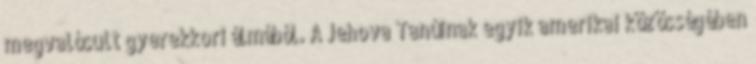
megvalósult gyerekkori álmából. A Jehova Tanúinak egyik amerikai közösségében